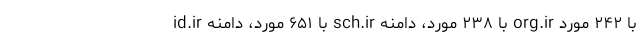
id.ir با ۶۵۱ مورد، دامنه sch.ir با ۲۳۸ مورد، دامنه org.ir با ۲۴۲ مورد